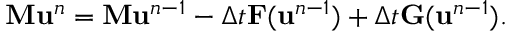
\mathbf { M } \mathbf { u } ^ { n } = \mathbf { M } \mathbf { u } ^ { n - 1 } - \Delta t \mathbf { F } ( \mathbf { u } ^ { n - 1 } ) + \Delta t \mathbf { G } ( \mathbf { u } ^ { n - 1 } ) .